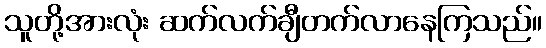
သူတို့အားလုံး ဆက်လက်ချီတက်လာနေကြသည်။